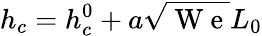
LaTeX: h_{c}=h_{c}^{0}+a\sqrt{\mathrm{~W~e~}}L_{0}